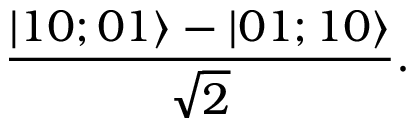
\frac { | 1 0 ; 0 1 \rangle - | 0 1 ; 1 0 \rangle } { \sqrt { 2 } } .